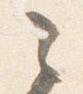
之